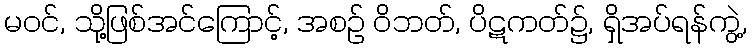
မဝင်, သို့ဖြစ်အင်ကြောင့်, အစဉ် ဝိဘတ်, ပိဋကတ်၌, ရှိအပ်ရန်ကွဲ့,